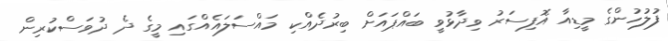
ފުލުހުންގެ މީޑިއާ އޮފިސަރު ވިދާޅުވީ ބައްޕައަށް ބިރުދެއްކި މައްސަލައެއްގައި މީގެ ދެ ދުވަސްކުރިން